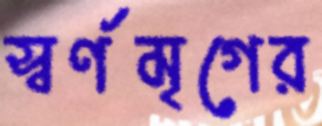
স্বর্ণমৃগের